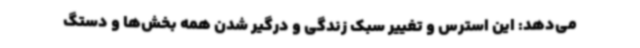
می‌دهد: این استرس و تغییر سبک زندگی و درگیر شدن همه بخش‌ها و دستگ